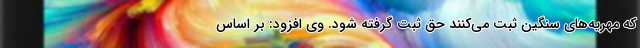
که مهریه‌های سنگین ثبت می‌کنند حق ثبت گرفته شود. وی افزود: بر اساس